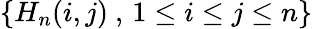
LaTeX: \left\{ H_{n}(i,j)~,\, 1\leq i\leq j\leq n\right\}